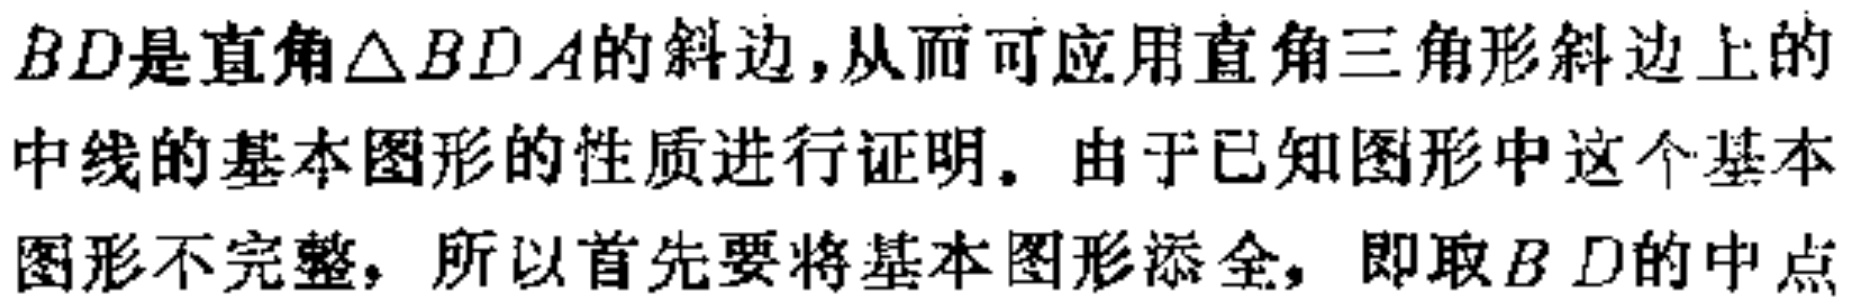
$BD是直角\triangle BDA的斜边,从而可应用直角三角形斜边上的$

$中线的基本图形的性质进行证明。由于已知图形中这个基本$

$图形不完整, 所以首先要将基本图形添全, 即取BD的中点$